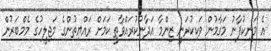
އެ މަނިކުފާނު މަގާމުން ވަކިކުރަނީ ޒިންމާ އަދާނުކުރައްވާތީ ކަމަށް ރައްޔިތުންގެ މަޖިލީހުގެ މެމްބަރުން